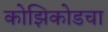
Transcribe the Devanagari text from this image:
कोझिकोडचा